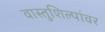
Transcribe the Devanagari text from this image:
वास्तुशिल्पांवर